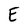
Character: E